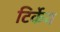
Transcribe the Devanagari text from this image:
टिर्केय